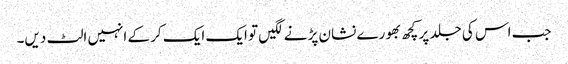
جب اس کی جلد پر کچھ بھورے نشان پڑنے لگیں تو ایک ایک کر کے انہیں الٹ دیں۔